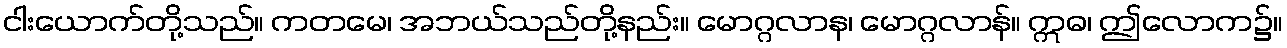
ငါးယောက်တို့သည်။ ကတမေ၊ အဘယ်သည်တို့နည်း။ မောဂ္ဂလာန၊ မောဂ္ဂလာန်။ ဣဓ၊ ဤလောက၌။